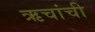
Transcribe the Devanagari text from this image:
ऋचांची